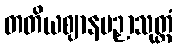
တတိယဈာနပဉှာသုတ္တံ